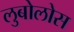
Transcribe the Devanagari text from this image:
लुबोलोस